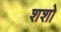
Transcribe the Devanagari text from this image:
शशो